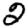
Digit: 2